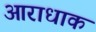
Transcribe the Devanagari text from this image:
आराधाक